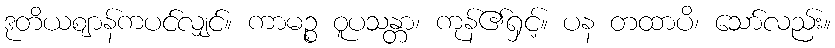
ဒုတိယဈာန်ကပင်လျှင်။ ကာမဉ္စ ဝူပသန္တာ၊ ကုန်၏ရှင့်။ ပန တထာပိ၊ သော်လည်း။